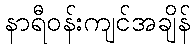
နာရီဝန်းကျင်အချိန်